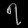
Digit: ၇